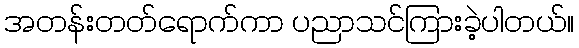
အတန်းတတ်ရောက်ကာ ပညာသင်ကြားခဲ့ပါတယ်။